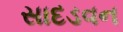
સાદડવન